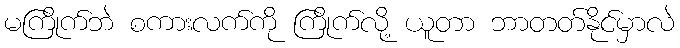
မကြိုက်ဘဲ စကားလက်ကို ကြိုက်လို့ ယူတာ ဘာတတ်နိုင်မှာလဲ